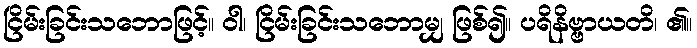
ငြိမ်းခြင်းသဘောဖြင့်။ ဝါ၊ ငြိမ်းခြင်းသဘောမျှ ဖြစ်၍။ ပရိနိဗ္ဗာယတိ၊ ၏။